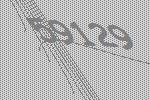
59129